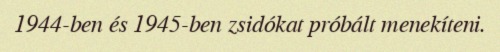
1944-ben és 1945-ben zsidókat próbált menekíteni.